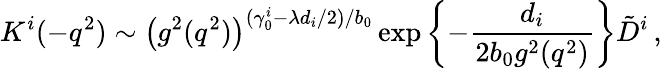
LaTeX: K^{i}(-q^{2})\sim\left(g^{2}(q^{2})\right)^{(\gamma_{0}^{i}-\lambda d_{i}/2)/b_{0}}\exp\left\{ -{\frac{d_{i}}{2b_{0}g^{2}(q^{2})}}\right\} \tilde{D}^{i}\, ,